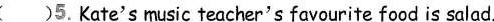
( )5. Kate's music teacher's favourite food is salad.